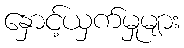
နှောင့်ယှက်မှုများ